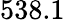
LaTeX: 538.1